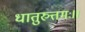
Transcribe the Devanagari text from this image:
धातुरुत्तमः।।